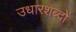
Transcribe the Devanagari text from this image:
उधारशब्दों